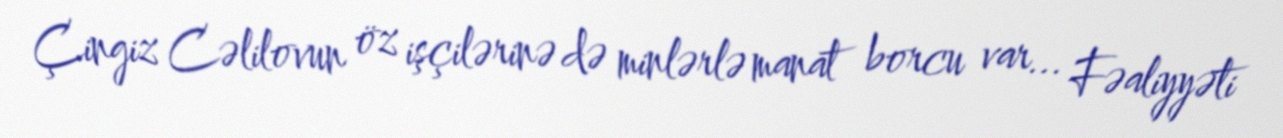
Çingiz Cəlilovun öz işçilərinə də minlərlə manat borcu var... Fəaliyyəti